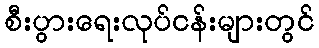
စီးပွားရေးလုပ်ငန်းများတွင်